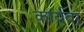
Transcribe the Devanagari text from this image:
कार्यवर